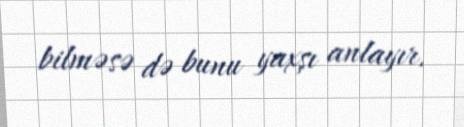
bilməsə də bunu yaxşı anlayır.